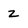
Character: z